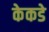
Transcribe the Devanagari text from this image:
केकडे